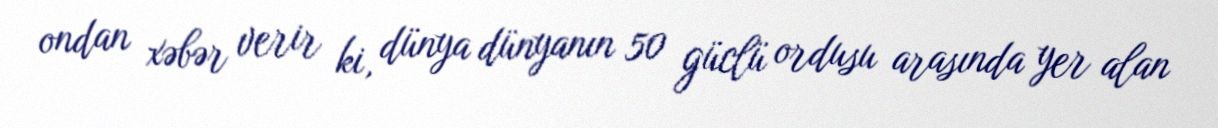
ondan xəbər verir ki, dünya dünyanın 50 güclü ordusu arasında yer alan